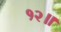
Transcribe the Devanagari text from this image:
१२॥